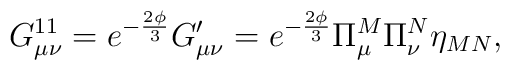
G^{11}_{\mu\nu}=e^{-\frac{2\phi}{3}}G^{\prime}_{\mu\nu}=e^{-\frac{2\phi}{3}}\Pi^{M}_{\mu}\Pi^{N}_{\nu}\eta_{MN},